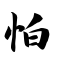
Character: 怕